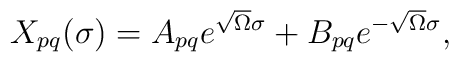
\begin{array}{lcr}X_{pq}(\sigma) = A_{pq}e^{\sqrt{\Omega} \sigma}+ B_{pq}e^{-\sqrt{\Omega} \sigma} ,\end{array}